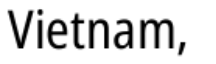
Vietnam,